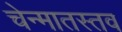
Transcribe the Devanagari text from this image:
चेन्मातस्तव